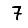
Digit: 7